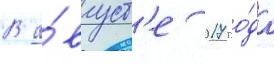
В а́вгуст'е 2017 го́да